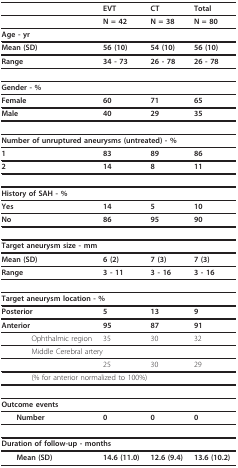
<table><thead><tr><td></td><td><b>EVT</b></td><td><b>CT</b></td><td><b>Total</b></td></tr></thead><tbody><tr><td></td><td><b>N = 42</b></td><td><b>N = 38</b></td><td><b>N = 80</b></td></tr><tr><td><b>Age - yr</b></td><td></td><td></td><td></td></tr><tr><td> <b>Mean (SD)</b></td><td><b>56 (10)</b></td><td><b>54 (10)</b></td><td><b>56 (10)</b></td></tr><tr><td> <b>Range</b></td><td><b>34 - 73</b></td><td><b>26 - 78</b></td><td><b>26 - 78</b></td></tr><tr><td><b>Gender - %</b></td><td></td><td></td><td></td></tr><tr><td> <b>Female</b></td><td><b>60</b></td><td><b>71</b></td><td><b>65</b></td></tr><tr><td> <b>Male</b></td><td><b>40</b></td><td><b>29</b></td><td><b>35</b></td></tr><tr><td colspan="4"><b>Number of unruptured aneurysms (untreated) - %</b></td></tr><tr><td> <b>1</b></td><td><b>83</b></td><td><b>89</b></td><td><b>86</b></td></tr><tr><td> <b>2</b></td><td><b>14</b></td><td><b>8</b></td><td><b>11</b></td></tr><tr><td colspan="2"><b>History of SAH - %</b></td><td></td><td></td></tr><tr><td> <b>Yes</b></td><td><b>14</b></td><td><b>5</b></td><td><b>10</b></td></tr><tr><td> <b>No</b></td><td><b>86</b></td><td><b>95</b></td><td><b>90</b></td></tr><tr><td colspan="2"><b>Target aneurysm size - mm</b></td><td></td><td></td></tr><tr><td> <b>Mean (SD)</b></td><td><b>6 (2)</b></td><td><b>7 (3)</b></td><td><b>7 (3)</b></td></tr><tr><td> <b>Range</b></td><td><b>3 - 11</b></td><td><b>3 - 16</b></td><td><b>3 - 16</b></td></tr><tr><td colspan="3"><b>Target aneurysm location - %</b></td><td></td></tr><tr><td> <b>Posterior</b></td><td><b>5</b></td><td><b>13</b></td><td><b>9</b></td></tr><tr><td> <b>Anterior</b></td><td><b>95</b></td><td><b>87</b></td><td><b>91</b></td></tr><tr><td>Ophthalmic region</td><td>35</td><td>30</td><td>32</td></tr><tr><td colspan="2">Middle Cerebral artery</td><td></td><td></td></tr><tr><td></td><td>25</td><td>30</td><td>29</td></tr><tr><td colspan="3">(% for anterior normalized to 100%)</td><td></td></tr><tr><td colspan="2"><b>Outcome events</b></td><td></td><td></td></tr><tr><td> <b>Number</b></td><td><b>0</b></td><td><b>0</b></td><td><b>0</b></td></tr><tr><td colspan="2"><b>Duration of follow-up - months</b></td><td></td><td></td></tr><tr><td> <b>Mean (SD)</b></td><td><b>14.6 (11.0)</b></td><td><b>12.6 (9.4)</b></td><td><b>13.6 (10.2)</b></td></tr></tbody></table>